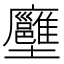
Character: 𡔏